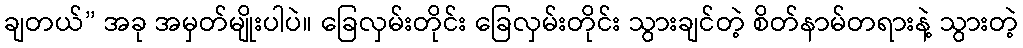
ချတယ်” အခု အမှတ်မျိုးပါပဲ။ ခြေလှမ်းတိုင်း ခြေလှမ်းတိုင်း သွားချင်တဲ့ စိတ်နာမ်တရားနဲ့ သွားတဲ့